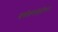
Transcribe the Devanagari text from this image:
बायोफ़ार्मास्युटिकल्स